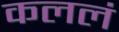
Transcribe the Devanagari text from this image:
कललं